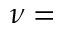
\nu =